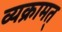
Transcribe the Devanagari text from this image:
व्यक्रामत्